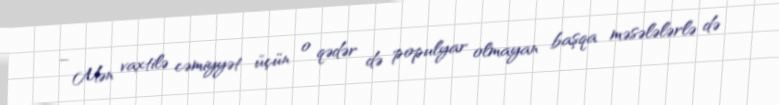
– Mən vaxtilə cəmiyyət üçün o qədər də populyar olmayan başqa məsələlərlə də